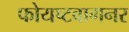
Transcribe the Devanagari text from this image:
फोयष्टवागनर